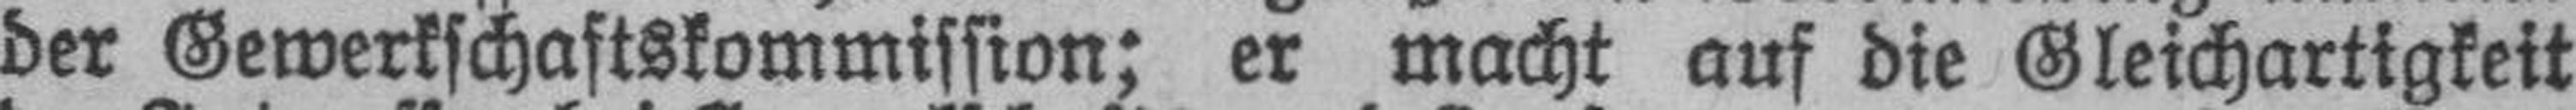
der Gewerkschaftskommission; er macht auf die Gleichartigkeit